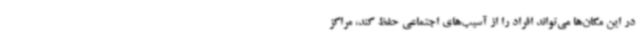
در این مکان‌ها می‌تواند افراد را از آسیب‌های اجتماعی حفظ کند، مراکز